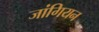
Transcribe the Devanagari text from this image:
जांगियन